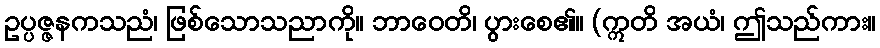
ဥပ္ပဇ္ဇနကသညံ၊ ဖြစ်သောသညာကို။ ဘာဝေတိ၊ ပွားစေ၏။ (ဣတိ အယံ၊ ဤသည်ကား။